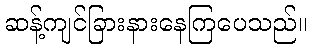
ဆန့်ကျင်ခြားနားနေကြပေသည်။